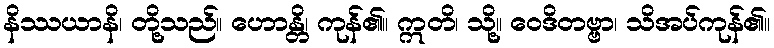
နိဿယာနိ၊ တို့သည်။ ဟောန္တိ၊ ကုန်၏။ ဣတိ၊ သို့။ ဝေဒိတဗ္ဗာ၊ သိအပ်ကုန်၏။